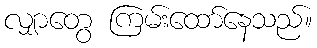
လျှာတွေ ကြမ်းထော်နေသည်။